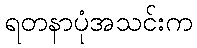
ရတနာပုံအသင်းက